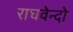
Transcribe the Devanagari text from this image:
राघवेन्दो